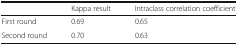
|  | Kappa result | Intraclass correlation coefficient |
 | --- | --- | --- |
 | First round | 0.69 | 0.65 |
 | Second round | 0.70 | 0.63 |